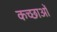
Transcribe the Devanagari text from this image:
कच्छाओं